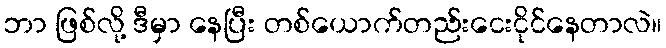
ဘာ ဖြစ်လို့ ဒီမှာ နေပြီး တစ်ယောက်တည်းငေးငိုင်နေတာလဲ။